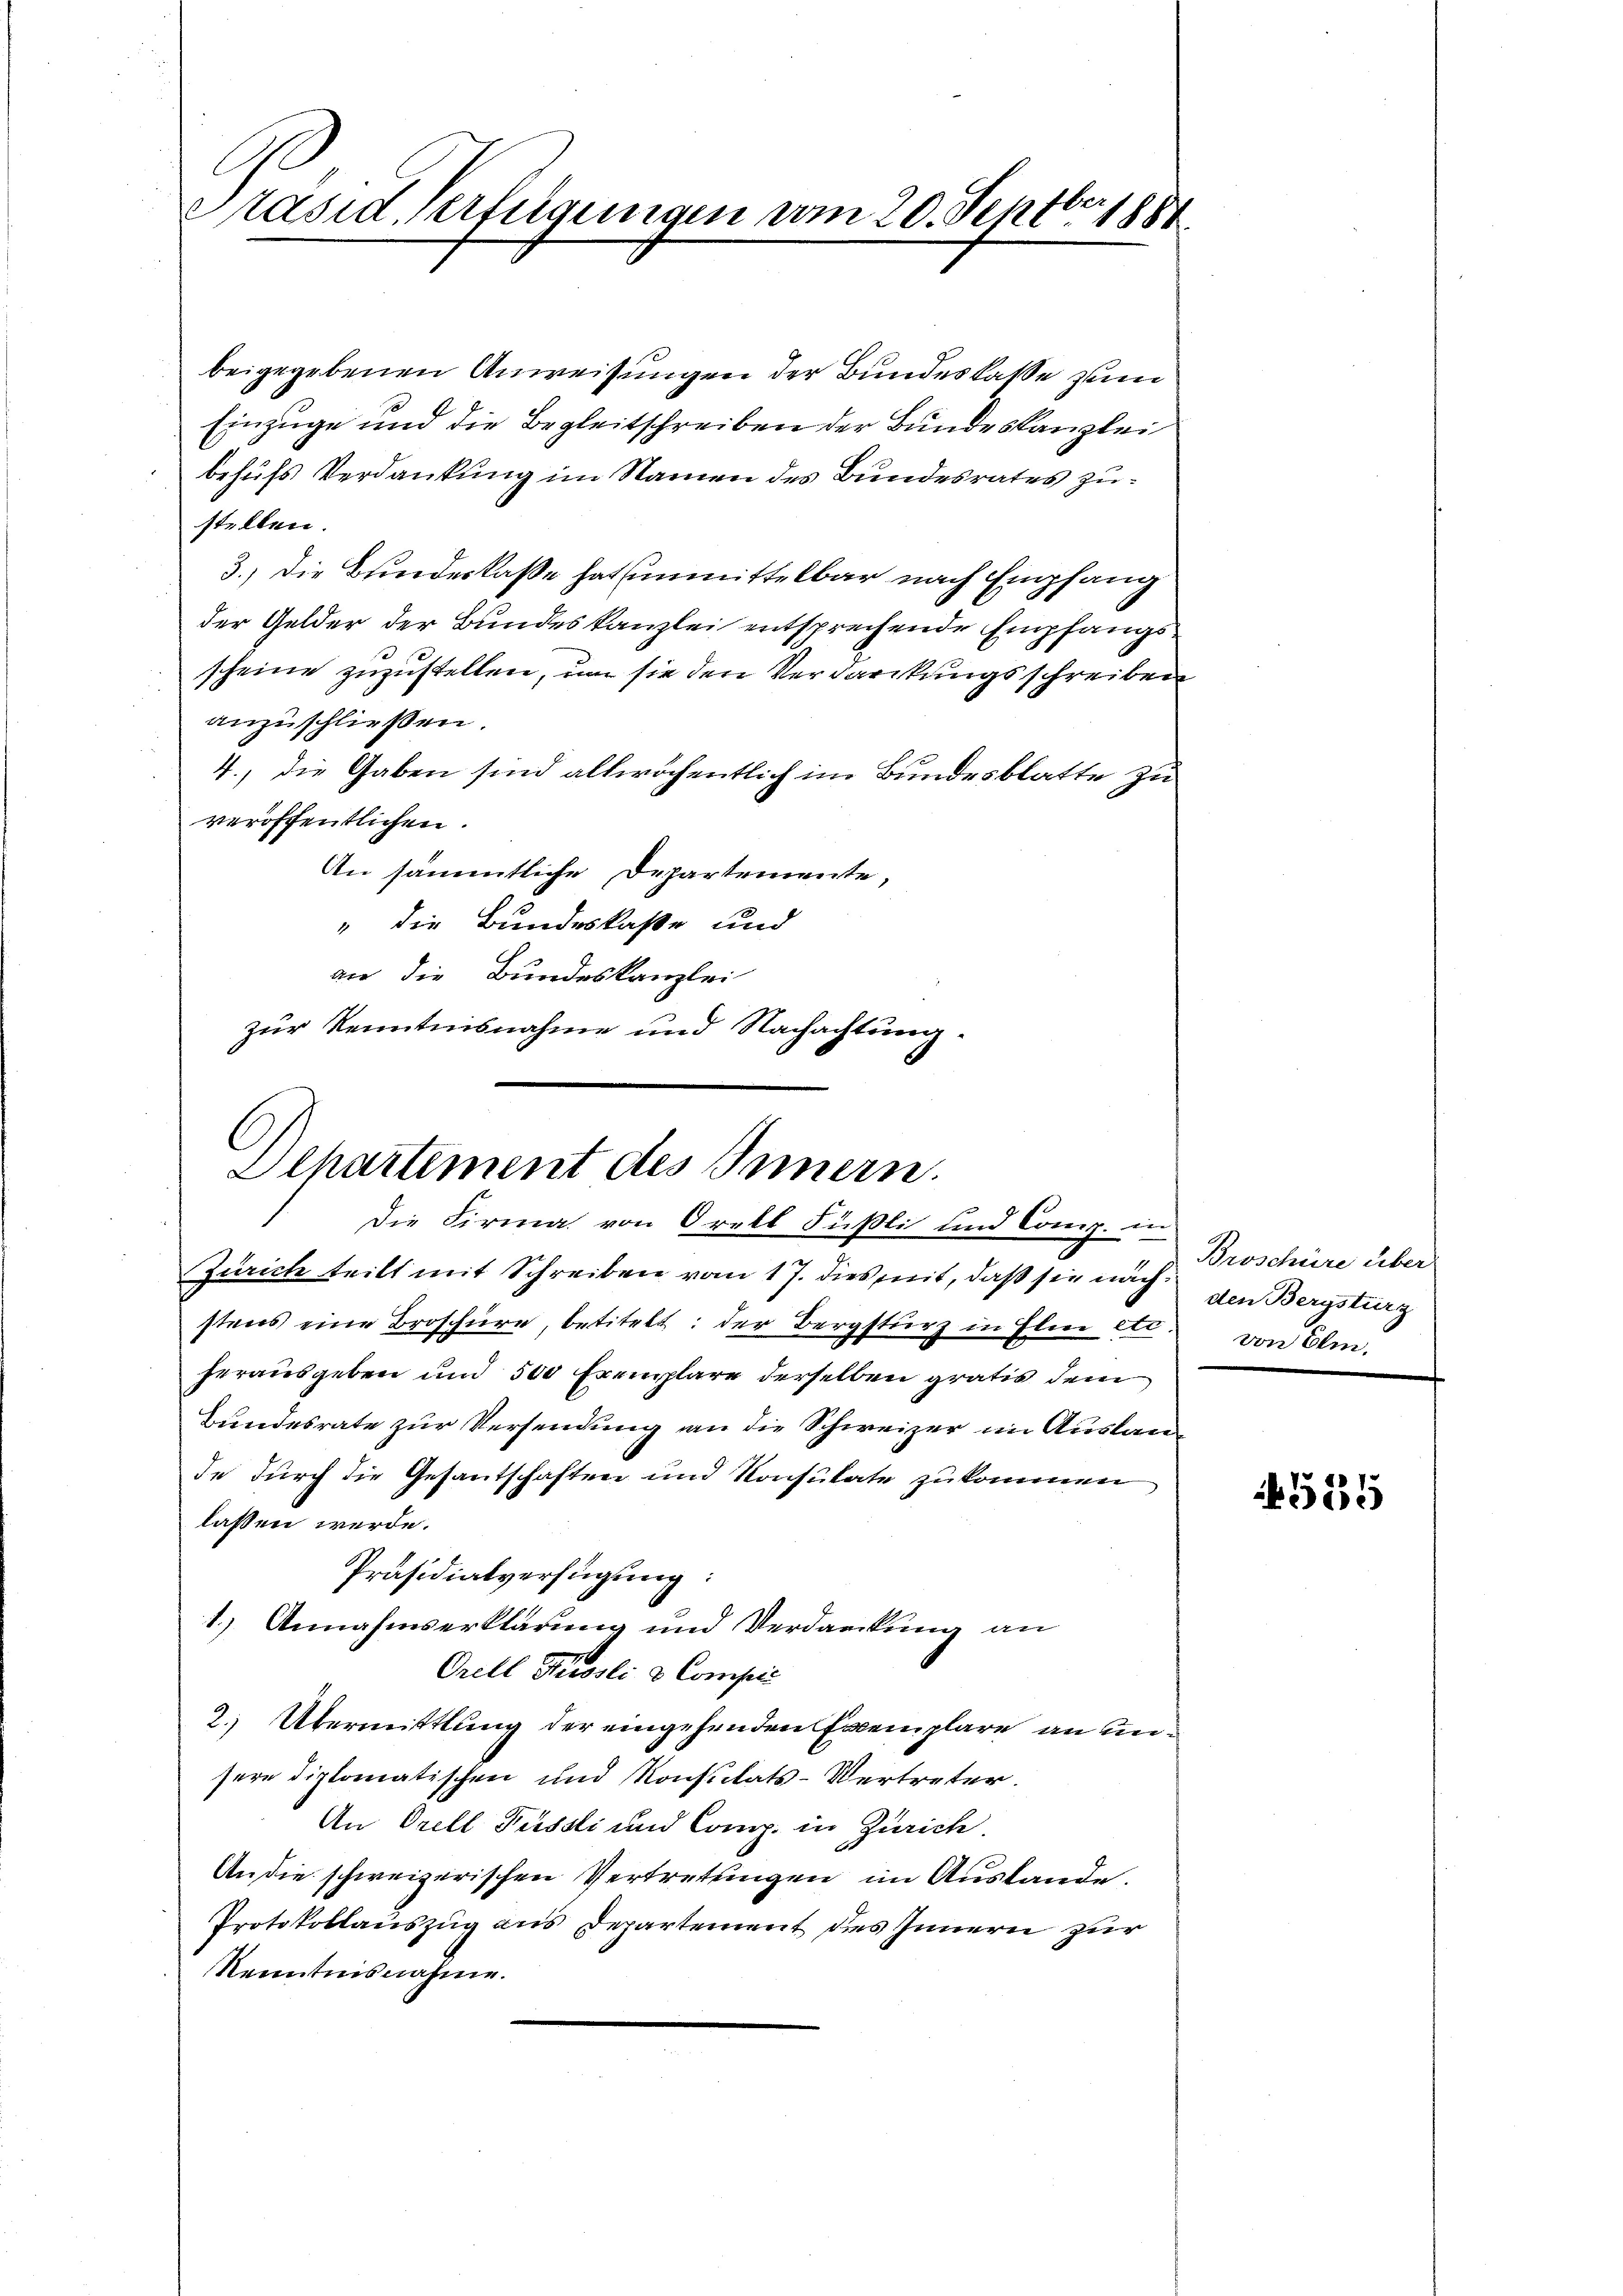
C
Präsid. Verfügungen vom 20. Septbr. 1884

beigegebenen Anweisungen der Bundeskasse zum
Einzüge und die Begleitschreiben der Bundeskanzlei
behufs Verdankung im Namen des Bundesrates zustellen.
3.) Die Bundeskaße hat unmittelbar nach Empfang
der Gelder der Bundeskanzlei entsprechende Empfangsscheine zuzustellen, um sie den Verdarckungsschreiben
anzuschließen.
4., die Gaben sind allwöchentlich im Bundesblatte zu
veröffentlichen.
An sämmtliche Departemente,
" die Bundeskaße und
an die Bundeskanzlei
zur Kenntnisnahme und Nachachtung.

Departement des Innern.
Die Firma von Orell Füßli und Comp. in

Zürich teilt mit Schreiben vom 17. dies mit, daß sie nach den Bergsturz
stens eine Broschüre, betitelt: der Bergsturz in Elie es von Olm.
herausgeben und 500 Exemplare derselben gratis dem
Bundesrate zur Versendung an die Schweizer im Auslande durch die Gesantschaften und Konsulate zukommen
lassen werde.
Präsidialverfügung:
1.) Annahmserklärung und Verdankung an
Orell Preissli & Compei
2.) Übermittlung der eingehenden Exemplare an unsere diplomatischen und Konsulats-Vertreter.
An Orell Püssli und Comp. in Zürich.
An die schweizerischen Vertretungen im Auslande.
Protokollauszug aus Departement des Innern zur
Kenntnisnahme.

Broschüre über

45131